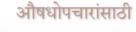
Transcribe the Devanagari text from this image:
औषधोपचारांसाठी